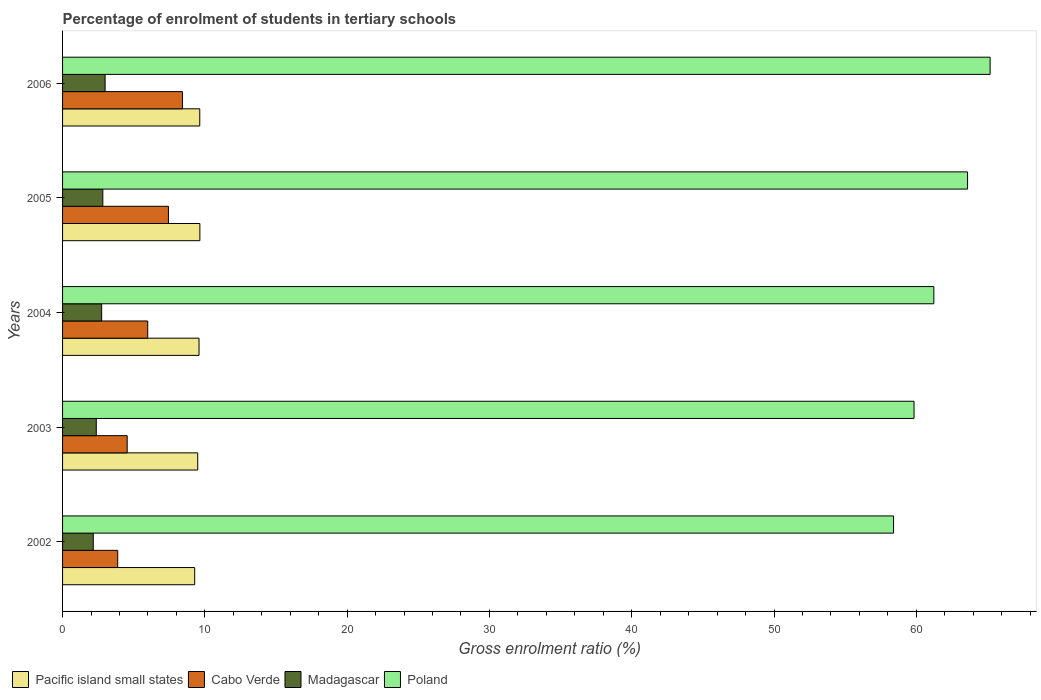
| Years | Pacific island small states | Cabo Verde | Madagascar | Poland |
 | --- | --- | --- | --- | --- |
 | 2002 | 9.28 | 3.87 | 2.16 | 58.4 |
 | 2003 | 9.5 | 4.54 | 2.37 | 59.8 |
 | 2004 | 9.59 | 5.98 | 2.75 | 61.2 |
 | 2005 | 9.65 | 7.44 | 2.83 | 63.6 |
 | 2006 | 9.64 | 8.42 | 2.99 | 65.2 |